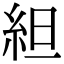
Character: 䋎